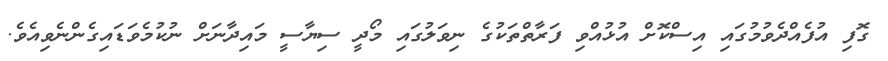
ގޮފި އުފެއްދެވުމުގައި އިސްކޮށް އުޅުއްވި ފަރާތްތަކުގެ ނިވަލުގައި މޯދީ ސިޔާސީ މައިދާނަށް ނުކުމެވަޑައިގެންނެވިއެވެ.